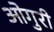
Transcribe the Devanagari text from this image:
ओगुरी